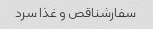
سفارشناقص و غذا سرد